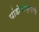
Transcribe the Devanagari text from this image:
पांडोबांप्रमाणे